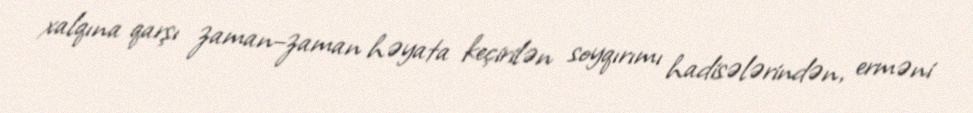
xalqına qarşı zaman–zaman həyata keçirilən soyqırımı hadisələrindən, erməni